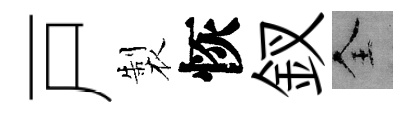
戸製恢釵全